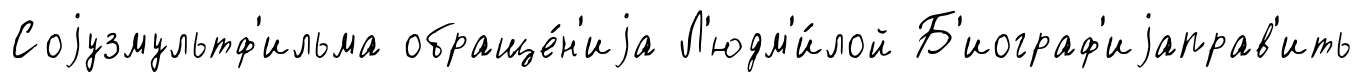
Соjузмультф'ильма обраще́н'иjа Л'юдм'и́лой Б'иограф'иjаправ'ить